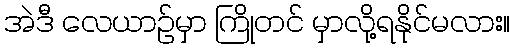
အဲဒီ လေယာဉ်မှာ ကြိုတင် မှာလို့ရနိုင်မလား။